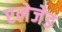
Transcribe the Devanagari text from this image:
एलेजेड